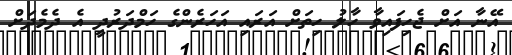
އޭނާ އަށް ޖެހިފައިވާ ހާލު ހިތަށް އަރައި އަހަރެންގެ ހަމްދަރުދީ އެ ދެމެދަށް